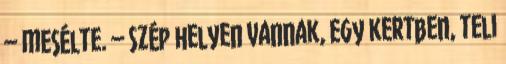
– mesélte. – Szép helyen vannak, egy kertben, teli